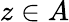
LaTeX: z\in A